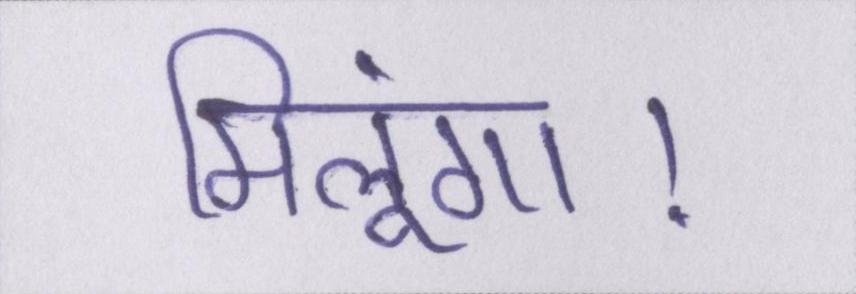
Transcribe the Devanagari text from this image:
मिलूंगा।